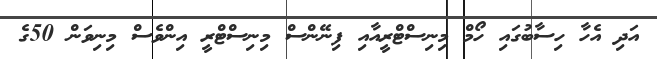
އަދި އެހާ ހިސާބުގައި ހޯމް މިނިސްޓްރީއާއި ފިނޭންސް މިނިސްޓްރީ އިންވެސް މިނިވަން 50ގެ